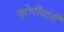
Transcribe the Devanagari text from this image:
युरोपीयांनी